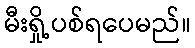
မီးရှို့ပစ်ရပေမည်။